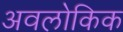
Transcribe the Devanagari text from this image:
अवलोकिक